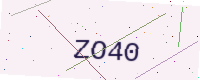
Text: ZO40